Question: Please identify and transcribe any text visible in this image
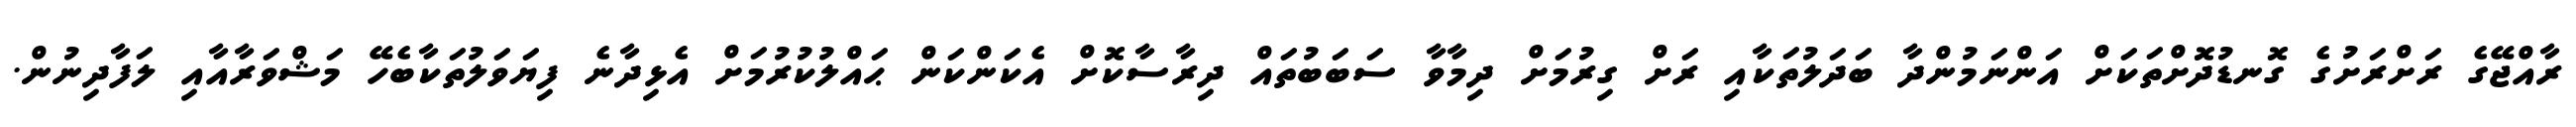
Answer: ރާއްޖޭގެ ރަށްރަށުގެ ގޮނޑުދޮށްތަކަށް އަންނަމުންދާ ބަދަލުތަކާއި ރަށް ގިރުމަށް ދިމާވާ ސަބަބުތައް ދިރާސާކޮށް އެކަންކަން ޙައްލުކުރުމަށް އެޅިދާނެ ފިޔަވަލުތަކާބެހޭ މަޝްވަރާއާއި ލަފާދިނުން.